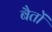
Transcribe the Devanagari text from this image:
बैतों